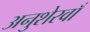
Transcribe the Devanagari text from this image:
अनुशेरवाँ